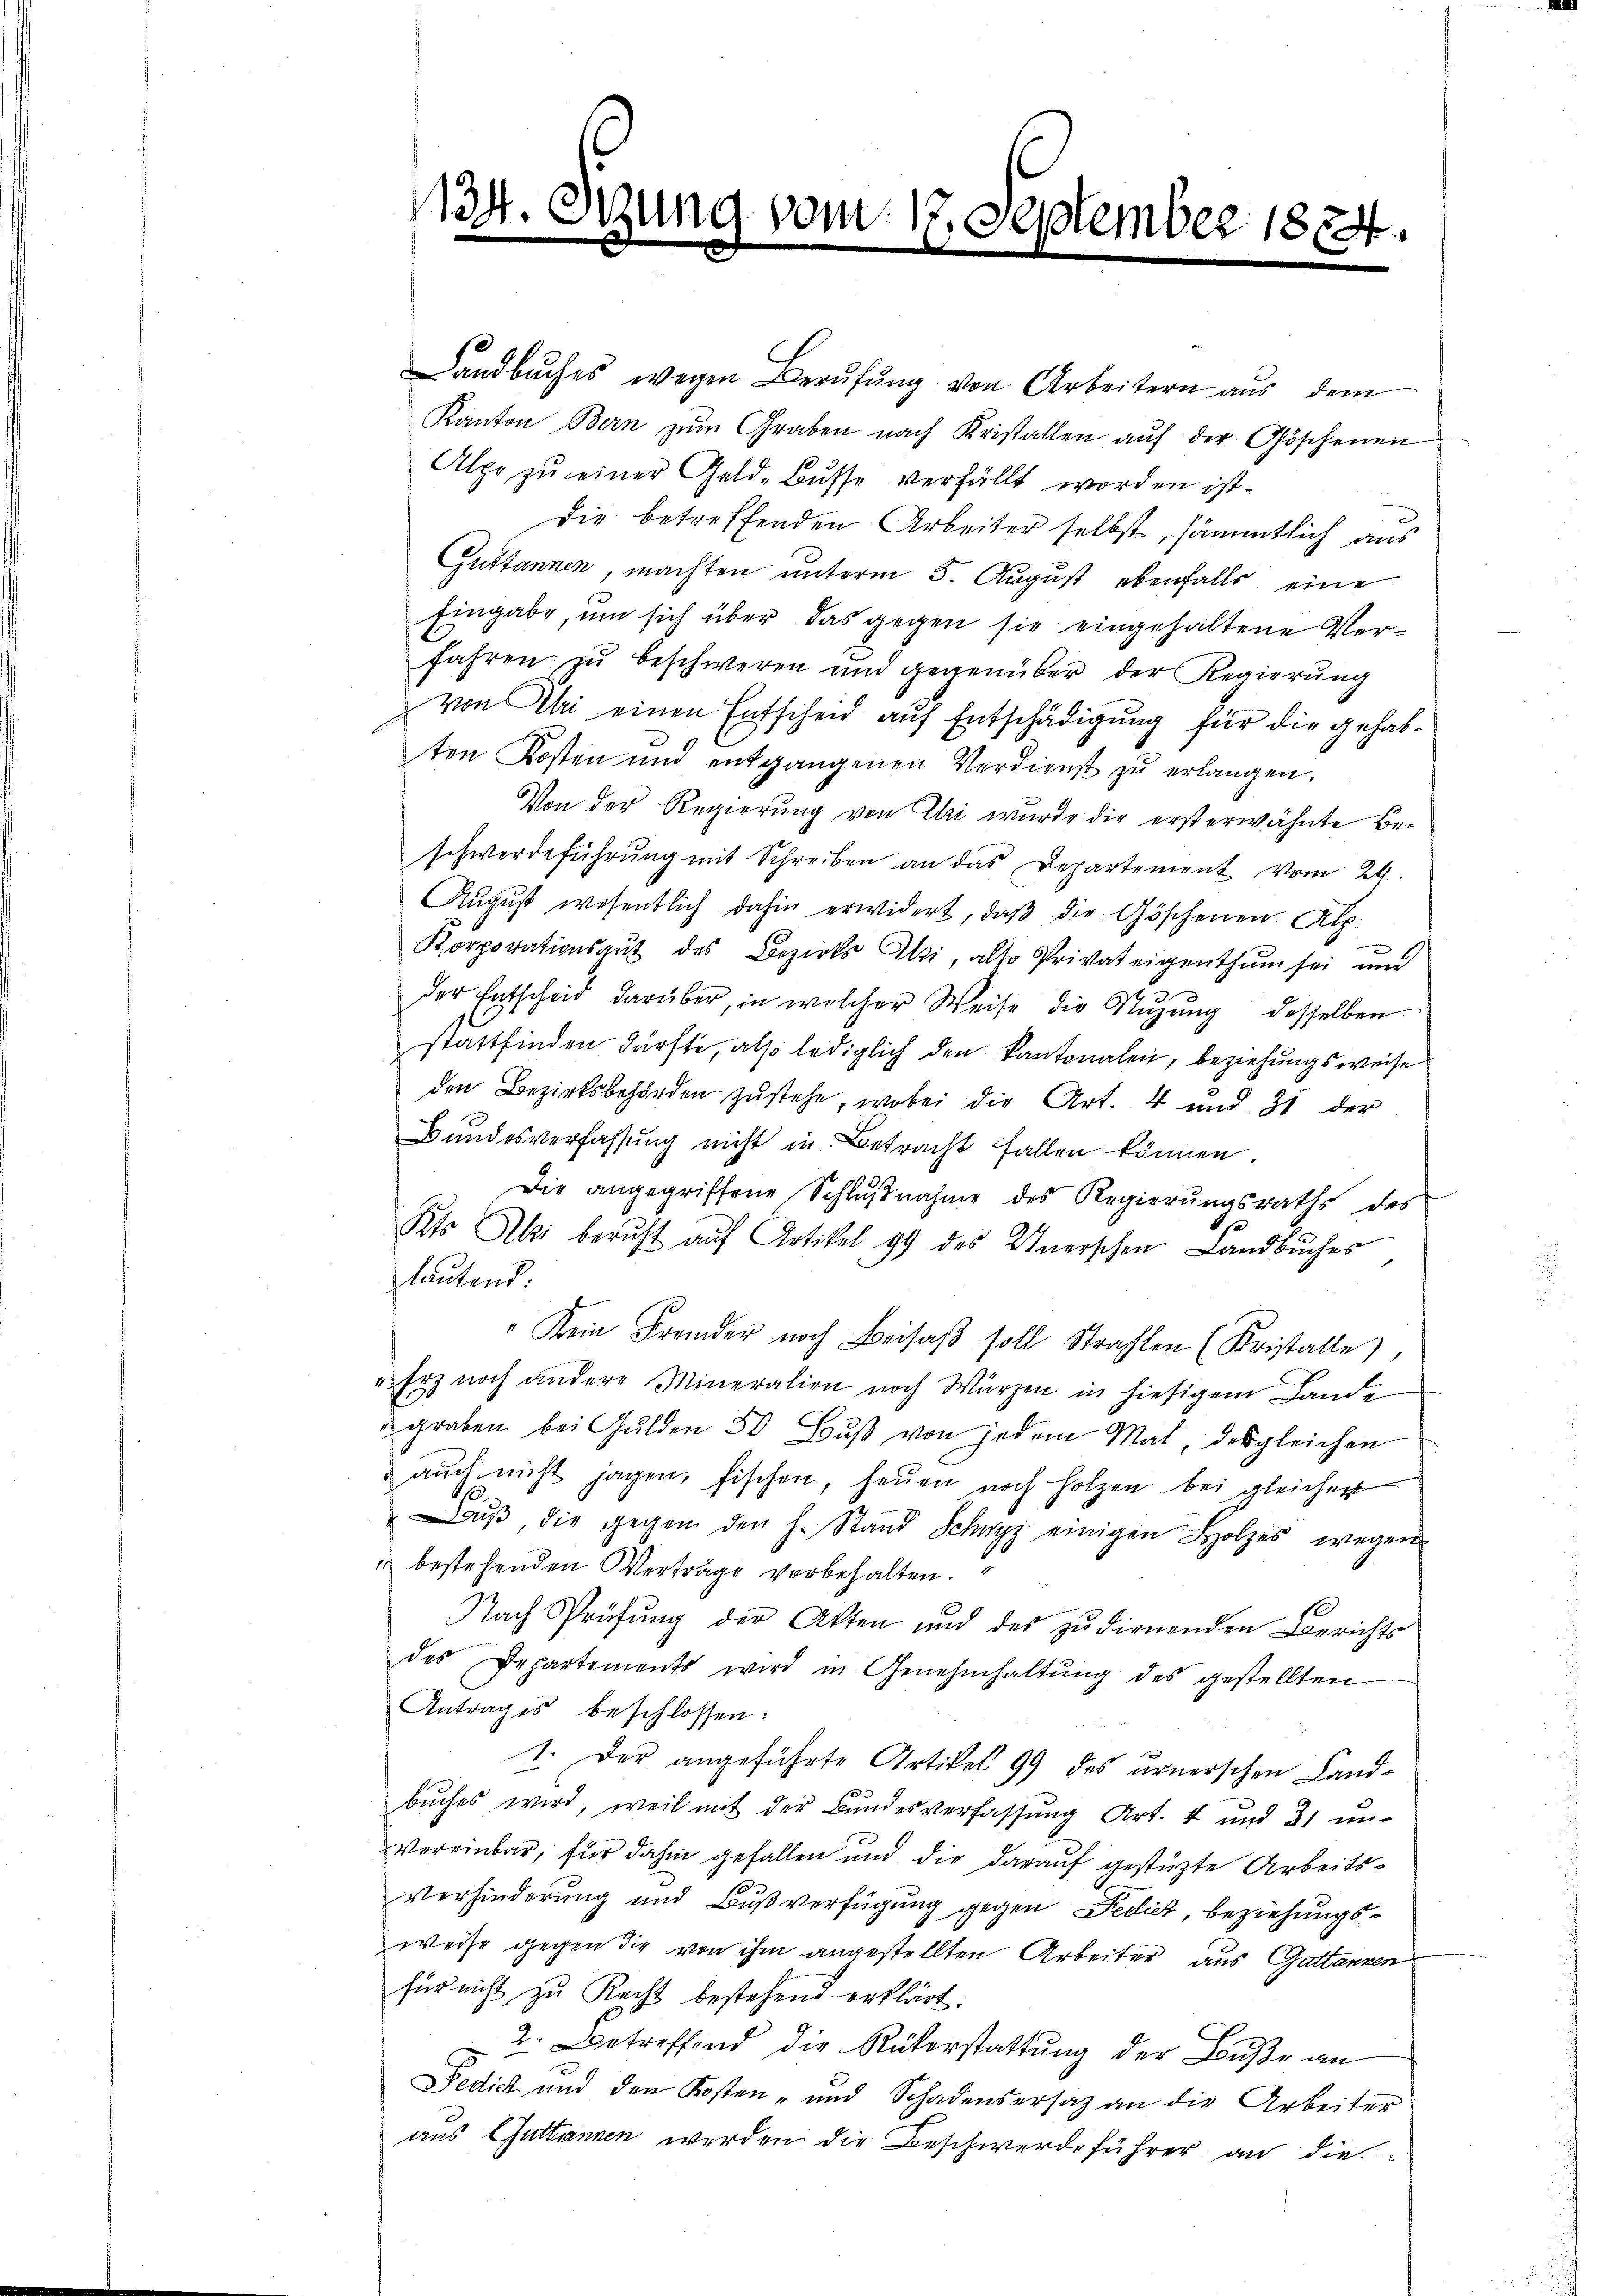
124.

sung vom 17. September 1874.

Landbuches wegen Berufung von Arbeitern aus dem
Kanton Bern zŭm Graben nach Kristallen aŭf der Göschenen
Alpe zu einer Geld-Busse verfällt worden ist.
die betreffenden Arbeiter selbst, sämmtlich aus
Guttannen, machten unterm 5. August ebenfalls eine
Eingabe, um sich über das gegen sie eingehaltene Verfahren zu beschweren und gegenüber der Regierung
von Uri einen Entscheid auf Entschädigung für die gehabten Kosten und entgangenen Verdienst zŭ erlangen.
Von der Regierung von Uri wurde die ersterwähnte Beschwerdeführŭng mit Schreiben an das Departement vom 29.
Aŭgŭst wesentlich dahin erwidert, daβ die Göschenen. Alp.
¬
Korporationsgut des Bezirks Alti, also Privateigenthum sei und
der Entscheid darüber, in welcher Weise die Nizŭng desselben
stattfinden dürfte, also lediglich den kantonalen, beziehungsweise
den Bezirksbehörden zŭstehe, wobei die Art. 4 und 31 der
Bundesverfassung nicht in Betracht fallen können
Die angegriffene Schlŭβnahme des Regierungsraths des
b
Kts Ali beruht auf Artikel 99 des Unerschen Landbuches
lautend
"Kein Fremder noch Beisaβ soll Strahlen (Kristalle)
"Erz noch andere Mineralien noch Würzen in hiesigem Lande
graben bei Gulden 50 Bŭβ von jedem Mal, desgleichen
aŭch nicht jagen, fischen, heŭen noch holzen bei gleichen
Bŭβ, die gegen den h. Stand Schwyz einigen Holzes wegen
u bestehenden Vertrage vorbehalten.
Nach Prüfŭng der Akten und des zudienenden Berichts
des Departements wird in Genehmhaltŭng des gestellten
Antrages beschlossen:
1. Der angeführte Artikel 99 des urnerschen Landbuches wird, weil mit der Bundesverfassung Art. 4 und 31 un¬
Vereinbar, für dahin gefallen und die darauf gestüzte Arbeits¬
Verhinderung und Bußverfügung gegen Fedict, beziehungsweise gegen die von ihm angestellten Arbeiter aus Gattanzen
für nicht zu Recht bestehend erklärt.
2. Betreffend die Rükerstattung der Buße an
Fedich und den Kosten- und Schadensersatz an die Arbeiter
aus Guttannen werden die Beschwerde führer an die